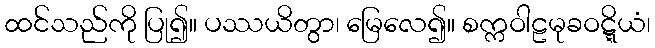
ထင်သည်ကို ပြု၍။ ပဿယိတွာ၊ မြေလေ၍။ စက္ကဝါဠမုခဝဋ္ဋိယံ၊